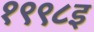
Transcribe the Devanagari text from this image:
१९९८इ